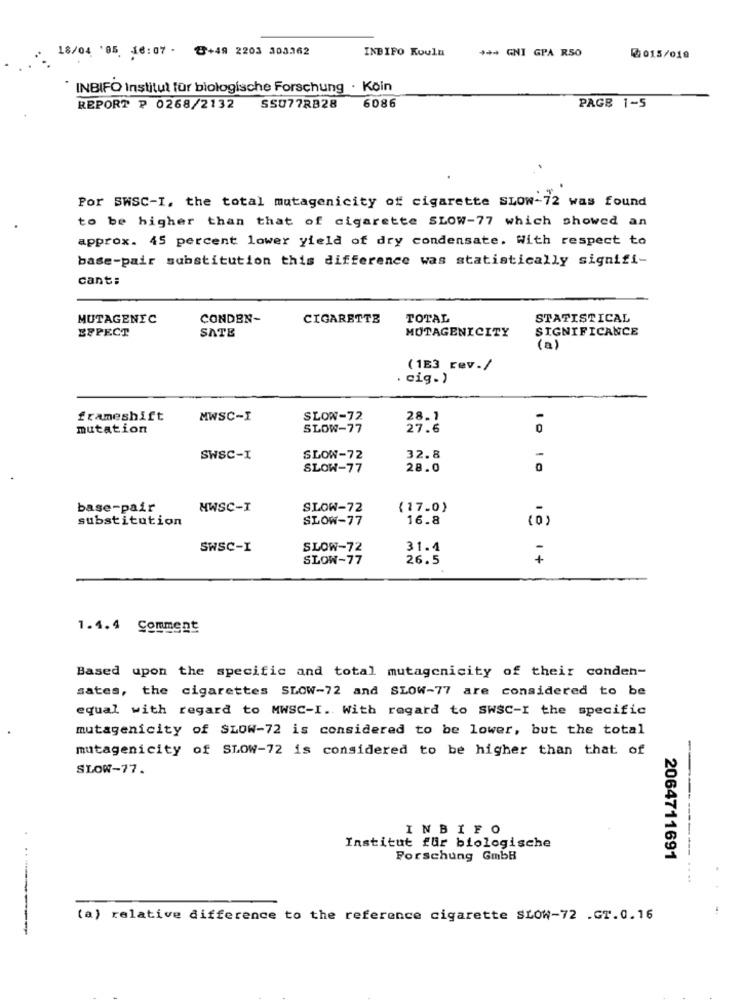
18/04 '05 16:07 - @+49 2203 303362
INBIFO Koula
+++ GNI GPA RSO
₡015/010
" INBIFO Institut für biologische Forschung . Koin
REPORT ₽ 0268/2132
SSU77RB28 6086
PAGE 1-5
Por SWSC-I, the total mutagenicity of cigarette SLOW-72 was found
to be higher than that of cigarette SLOW-77 which showed an
approx. 45 percent lower yield of dry condensate. With respect to
base-pair substitution this difference was statistically signifi-
cant:
MUTAGENIC
CONDEN-
CIGARETTE
TOTAL
STATISTICAL
ESPECT
SATE
MUTAGENICITY
SIGNIFICANCE
(a)
(1E3 cev./
. cig. )
frameshift
MWSC-I
SLOW-72
28.1
mutation
SLOW-77
27.6
0
SWSC-I
SLOW-72
32.8
-
SLOW-77
28.0
0
base-pair
HWSC-I
SLOW-72
(17.0)
substitution
SLOW-77
16.8
(0)
SWSC-I
SLOW-72
31.4
-
SLOW-77
26.5
+
1.4.4 Comment
Based upon the specific and total mutagenicity of their conden-
sates, the cigarettes SLOW-72 and SLOW-77 are considered to be
equal with regard to MWSC-I. With regard to SWSC-I the specific
mutagenicity of SLOW-72 is considered to be lower, but the total
mutagenicity of SLOW-72 is considered to be higher than that of
--
SLOW-77.
INBIFO
Institut für biologische
Forschung GmbB
2064711691
. ..
(a) relative difference to the reference cigarette SLOW-72 .GT.0.16
--------